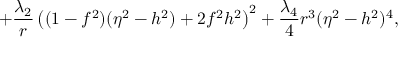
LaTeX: + \frac { \lambda _ { 2 } } { r } \left( ( 1 - f ^ { 2 } ) ( \eta ^ { 2 } - h ^ { 2 } ) + 2 f ^ { 2 } h ^ { 2 } \right) ^ { 2 } + \frac { \lambda _ { 4 } } { 4 } r ^ { 3 } ( \eta ^ { 2 } - h ^ { 2 } ) ^ { 4 } ,